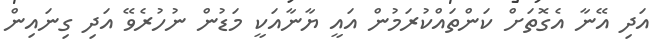
އަދި އޭނާ އެގޮތަށް ކަންތައްކުރަމުން އައީ ޔާނާއަކީ މަޑުން ނުހުރެވޭ އަދި ގިނައިން